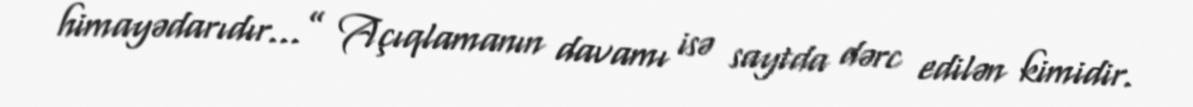
himayədarıdır...” Açıqlamanın davamı isə saytda dərc edilən kimidir.